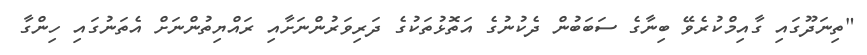
"ތިނަދޫގައި ގާއިމްކުރެވޭ ބިނާގެ ސަބަބުން ދެކުނުގެ އަތޮޅުތަކުގެ ދަރިވަރުންނަށާއި ރައްޔިތުންނަށް އެތަނުގައި ހިންގާ